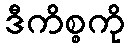
ဒီကိစ္စကို